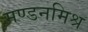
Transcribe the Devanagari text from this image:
मण्डनमिश्र